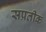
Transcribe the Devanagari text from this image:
सप्रतीक